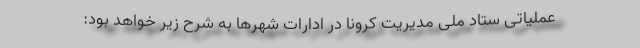
عملیاتی ستاد ملّی مدیریت کرونا در ادارات شهرها به شرح زیر خواهد بود: